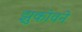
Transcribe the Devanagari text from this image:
झुकोवने